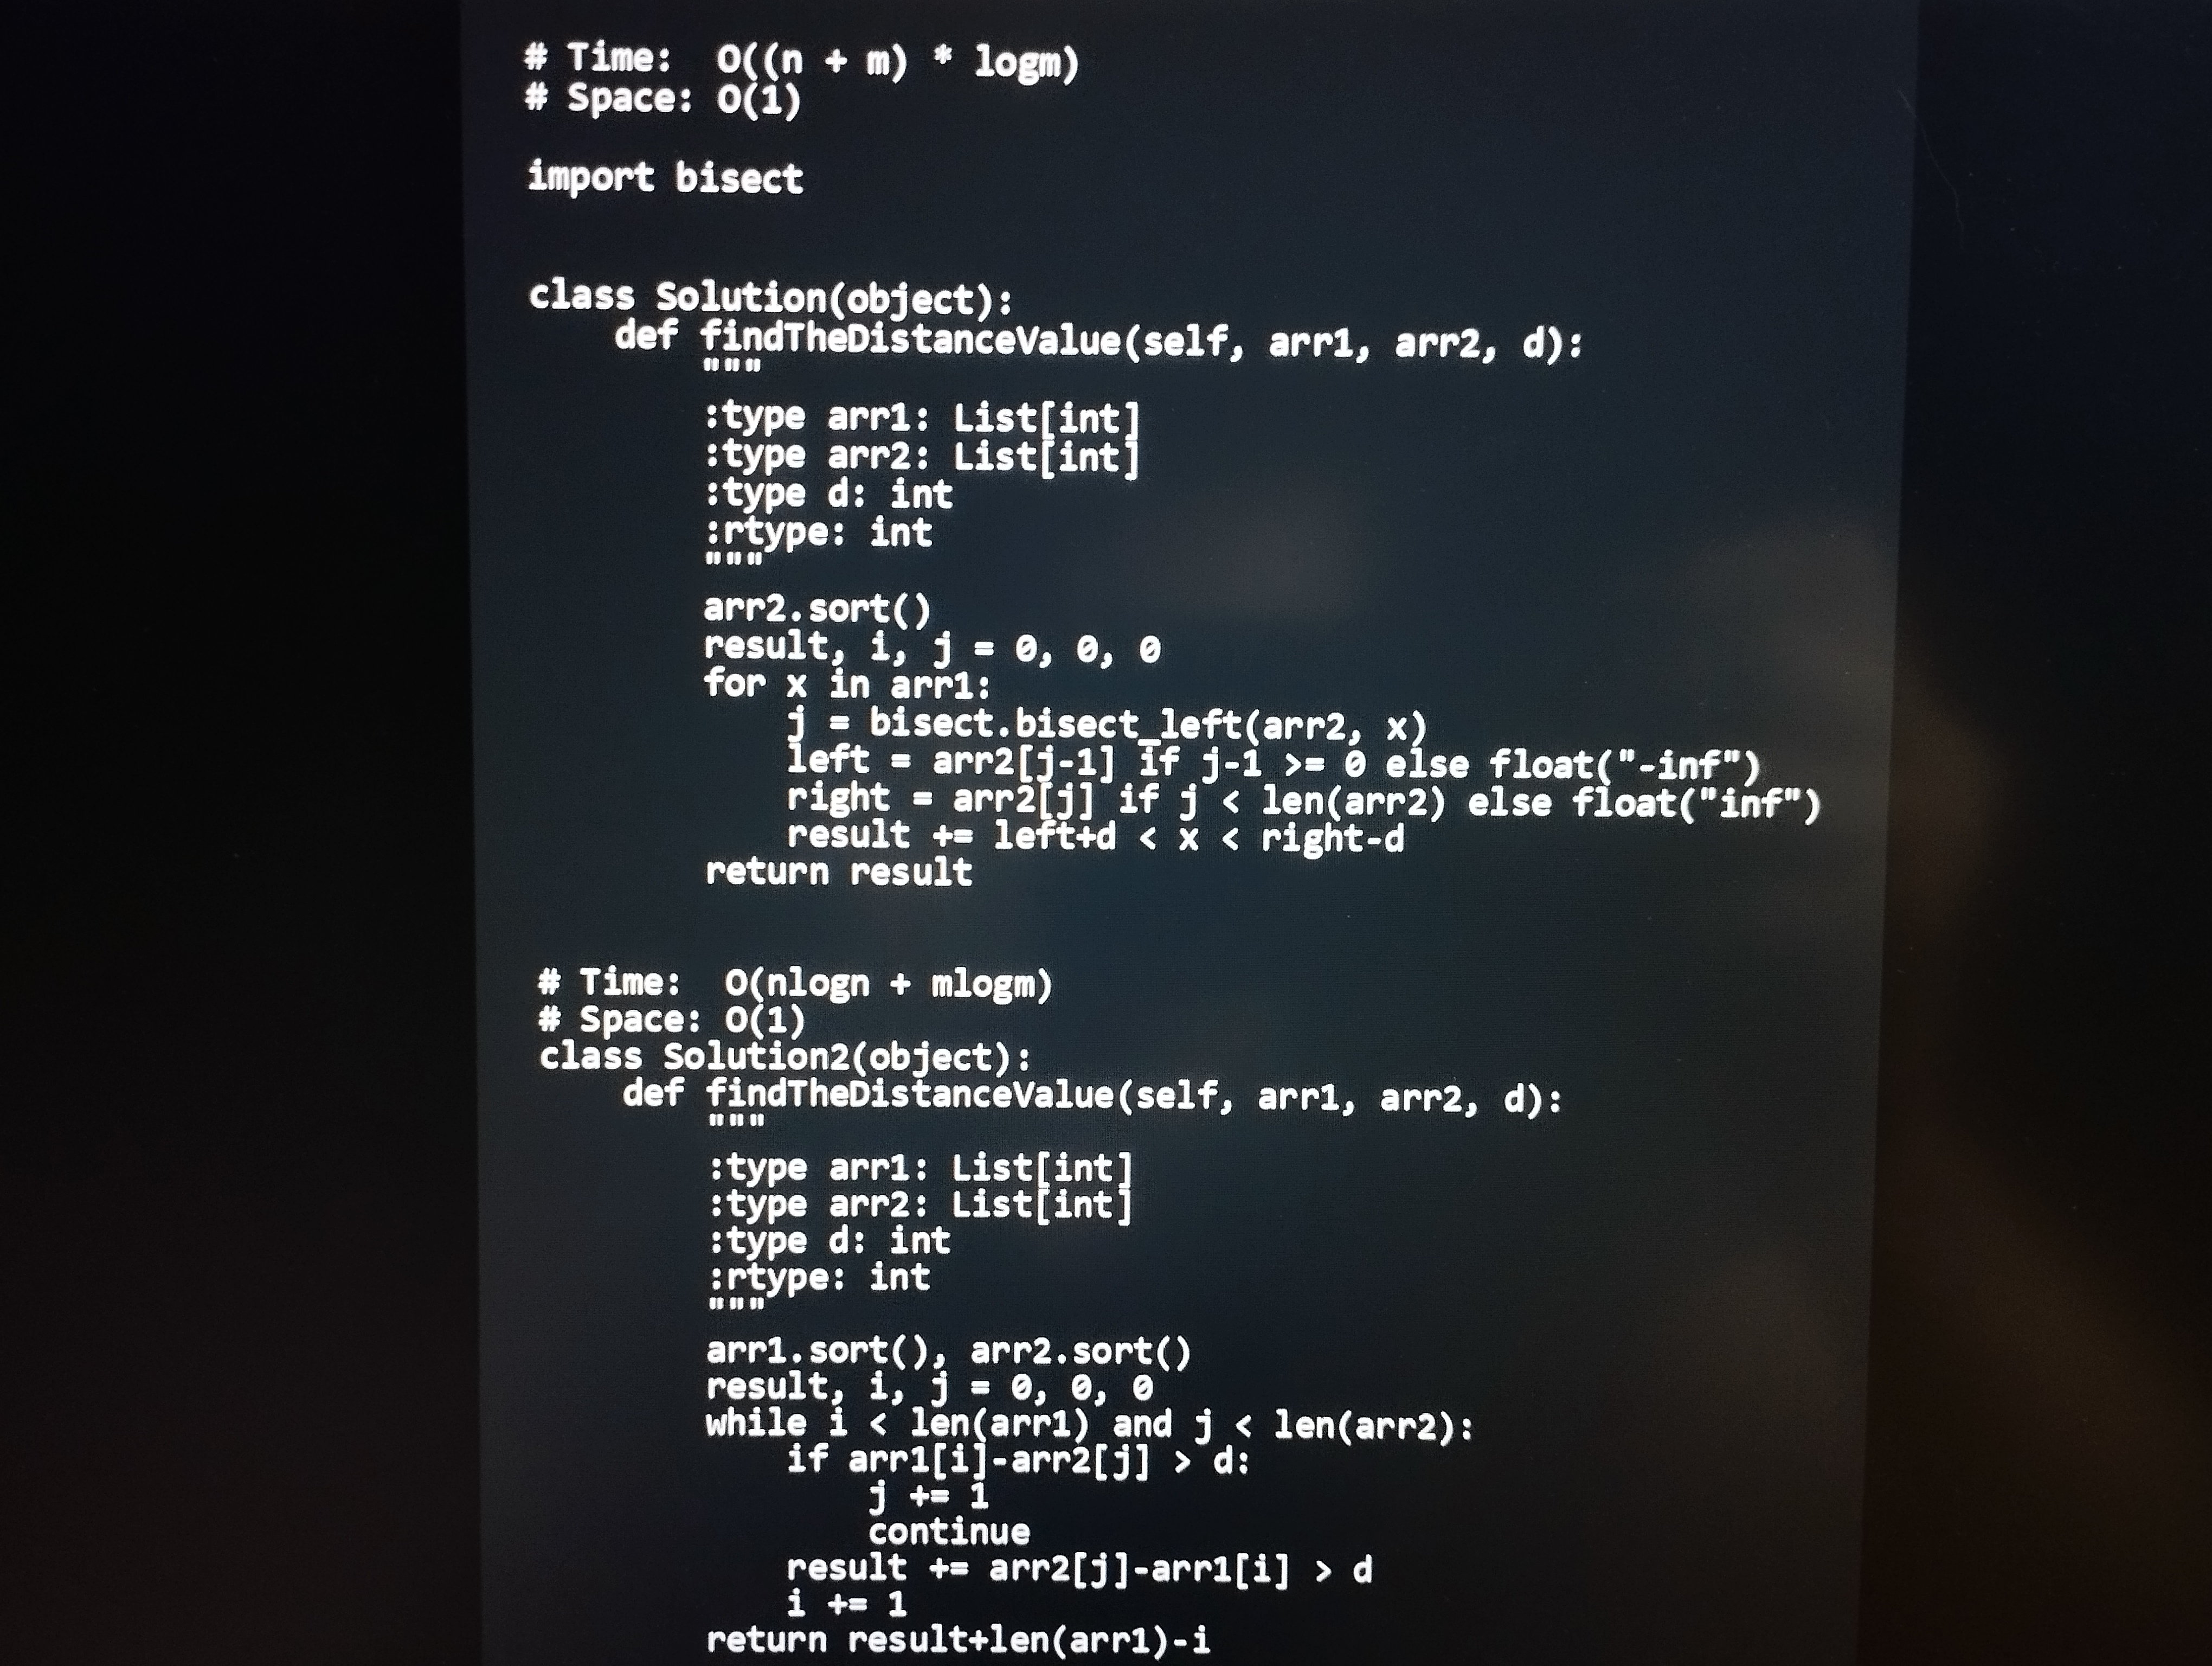
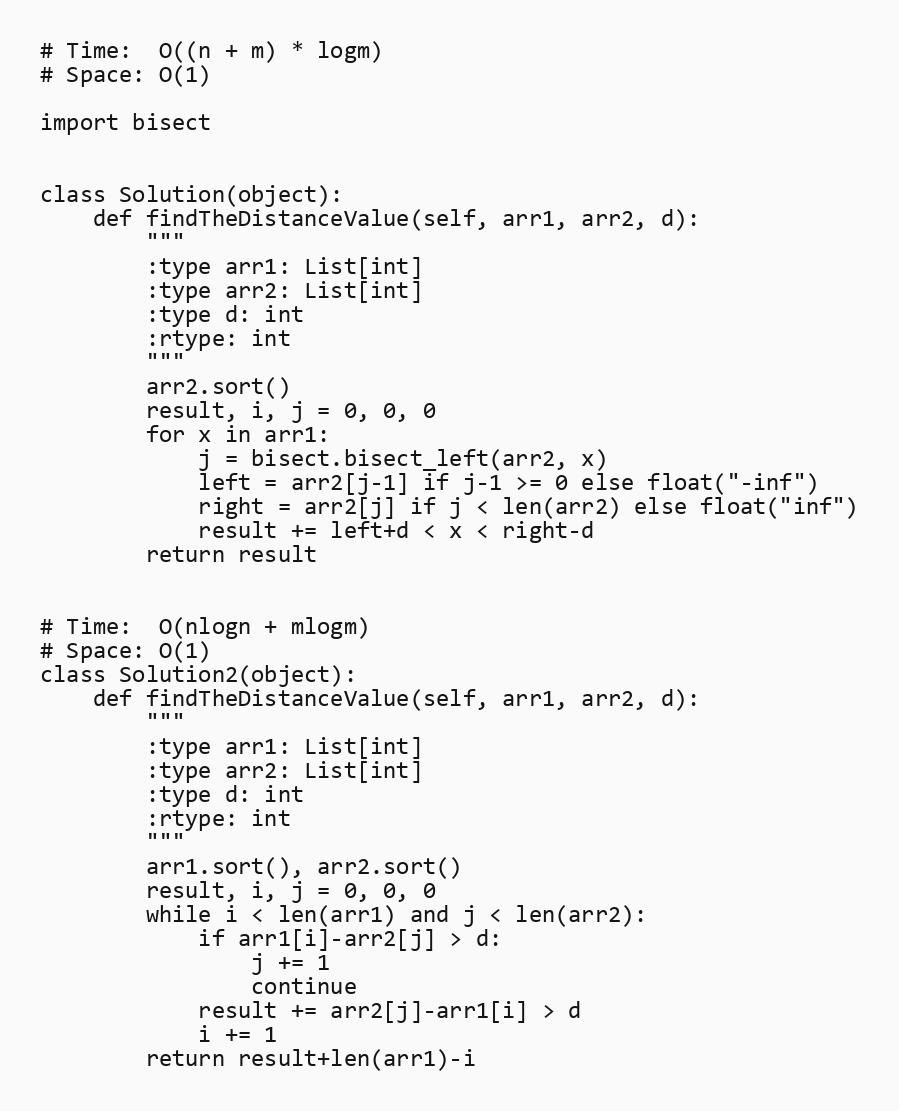
# Time:  O((n + m) * logm)
# Space: O(1)

import bisect

class Solution(object):
    def findTheDistanceValue(self, arr1, arr2, d):
        """
        :type arr1: List[int]
        :type arr2: List[int]
        :type d: int
        :rtype: int
        """
        arr2.sort()
        result, i, j = 0, 0, 0
        for x in arr1:
            j = bisect.bisect_left(arr2, x)
            left = arr2[j-1] if j-1 >= 0 else float("-inf")
            right = arr2[j] if j < len(arr2) else float("inf")
            result += left+d < x < right-d
        return result

# Time:  O(nlogn + mlogm)
# Space: O(1)
class Solution2(object):
    def findTheDistanceValue(self, arr1, arr2, d):
        """
        :type arr1: List[int]
        :type arr2: List[int]
        :type d: int
        :rtype: int
        """
        arr1.sort(), arr2.sort()
        result, i, j = 0, 0, 0
        while i < len(arr1) and j < len(arr2):
            if arr1[i]-arr2[j] > d:
                j += 1
                continue
            result += arr2[j]-arr1[i] > d
            i += 1
        return result+len(arr1)-i